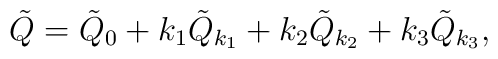
\tilde Q=\tilde Q_0 + k_1 \tilde Q_{k_1}+ k_2 \tilde Q_{k_2}+  k_3 \tilde Q_{k_3},